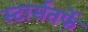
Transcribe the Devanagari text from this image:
स्टार्सतर्फे